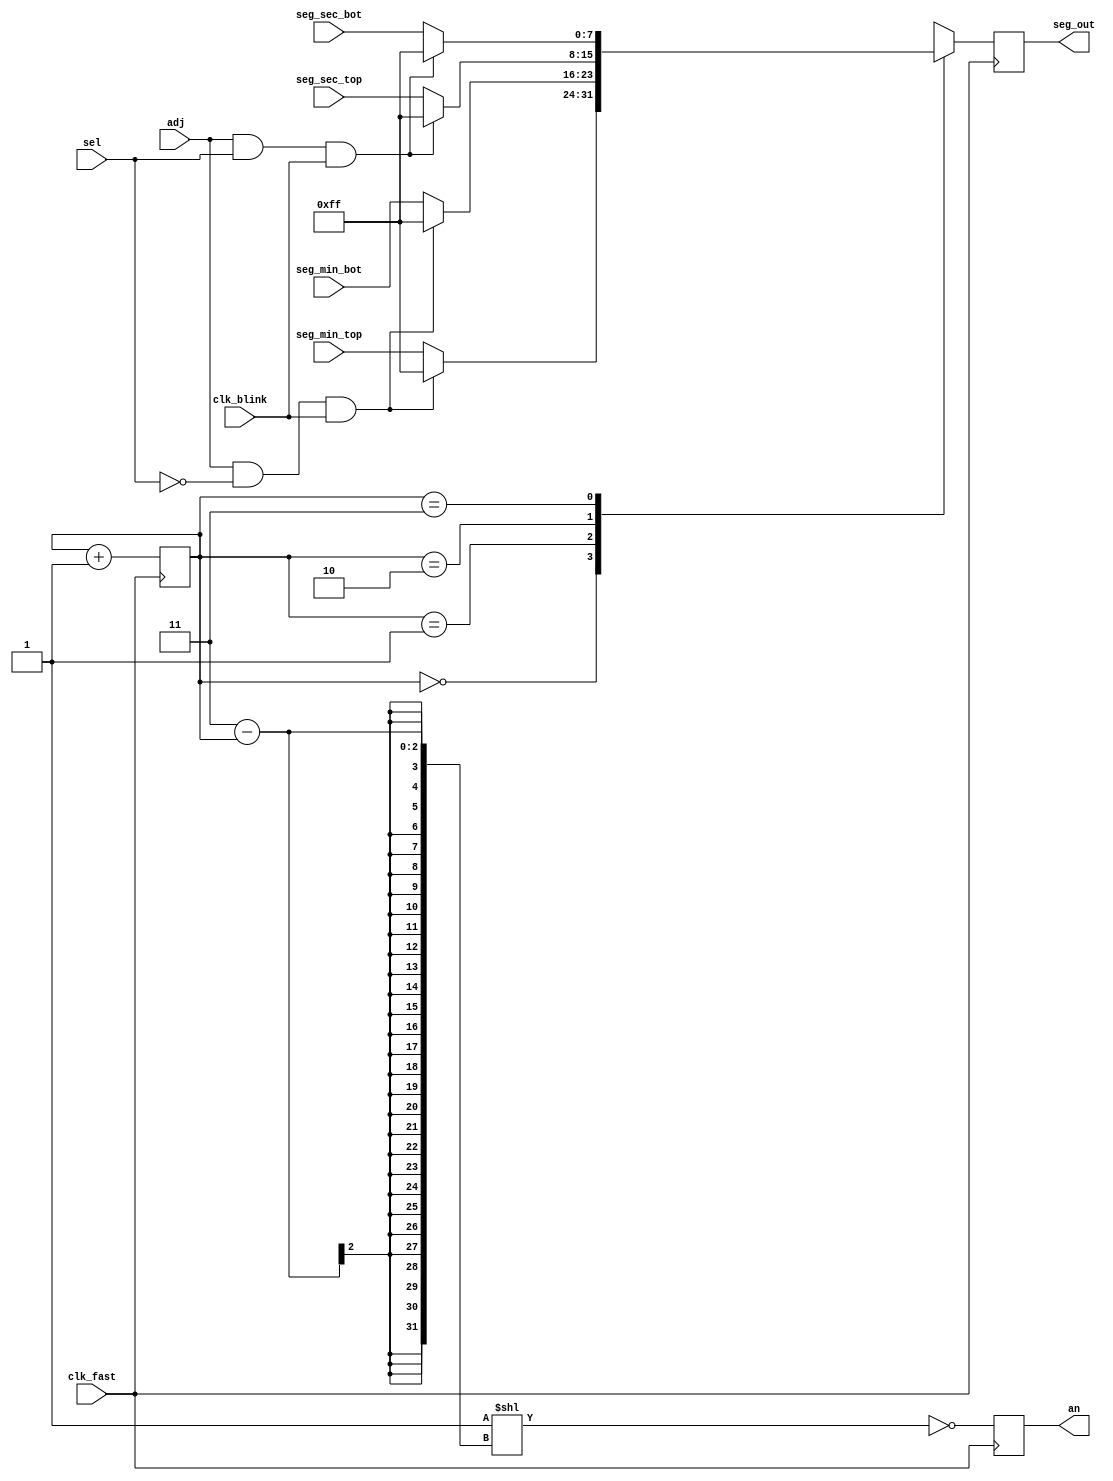
`timescale 1ns / 1ps
//////////////////////////////////////////////////////////////////////////////////
// Company: 
// Engineer: 
// 
// Design Name: 
// Module Name:    display 
// Project Name: 
// Target Devices: 
// Tool versions: 
// Description: 
//
// Dependencies: 
//
// Revision: 
// Revision 0.01 - File Created
// Additional Comments: 
//
//////////////////////////////////////////////////////////////////////////////////
module display(
	input clk_fast,
	input clk_blink,
	input adj,
	input sel,
	input [7:0] seg_min_top,
	input [7:0] seg_min_bot,
	input [7:0] seg_sec_top,
	input [7:0] seg_sec_bot,
	output reg [7:0] seg_out,
	output reg [3:0] an
    );
	
	//initial seg_out <= 0;
	initial an <= 0;
	reg [1:0] display_counter = 0;
    reg [7:0] seg_blink = 8'b1111_1111;
	always @(posedge clk_fast)
	begin
		case (display_counter)
			0: begin
                if (adj == 1 && sel == 0 && clk_blink) begin
                        seg_out <= seg_blink;
                    end
                else begin
                    seg_out <= seg_min_top;
                end
			end
			1: begin
                if (adj == 1 && sel == 0 && clk_blink) begin
                        seg_out <= seg_blink;
                end
                else begin
                    seg_out <= seg_min_bot;
                end
				
			end
			'b10: begin
                if (adj == 1 && sel == 1 && clk_blink) begin
                        seg_out <= seg_blink;
                    
                end
                else begin
                    seg_out <= seg_sec_top;
                end
				
			end
			'b11: begin
                if (adj == 1 && sel == 1 && clk_blink) begin
                        seg_out <= seg_blink;
                end
                else begin
                    seg_out <= seg_sec_bot;
                end
				
			end
		endcase
		an <= ~(1'b1 << (3 - display_counter));
		display_counter <= display_counter + 1;
	end

endmodule